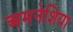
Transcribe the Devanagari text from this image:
अमनेशिया